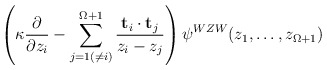
\begin{align*}\left( \kappa \frac{\partial}{\partial z_i} - \sum^{\Omega +1}_{ j=1 ( \neq i) }\frac{ {\bf t}_i \cdot {\bf t}_j }{ z_i - z_j} \right) \psi^{WZW}(z_1, \dots, z_{\Omega+1} )\end{align*}